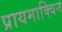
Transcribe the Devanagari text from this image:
प्रायमाक्विन